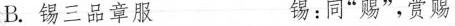
B.\underset{·}{锡}三品章服 锡:同”赐”，赏赐